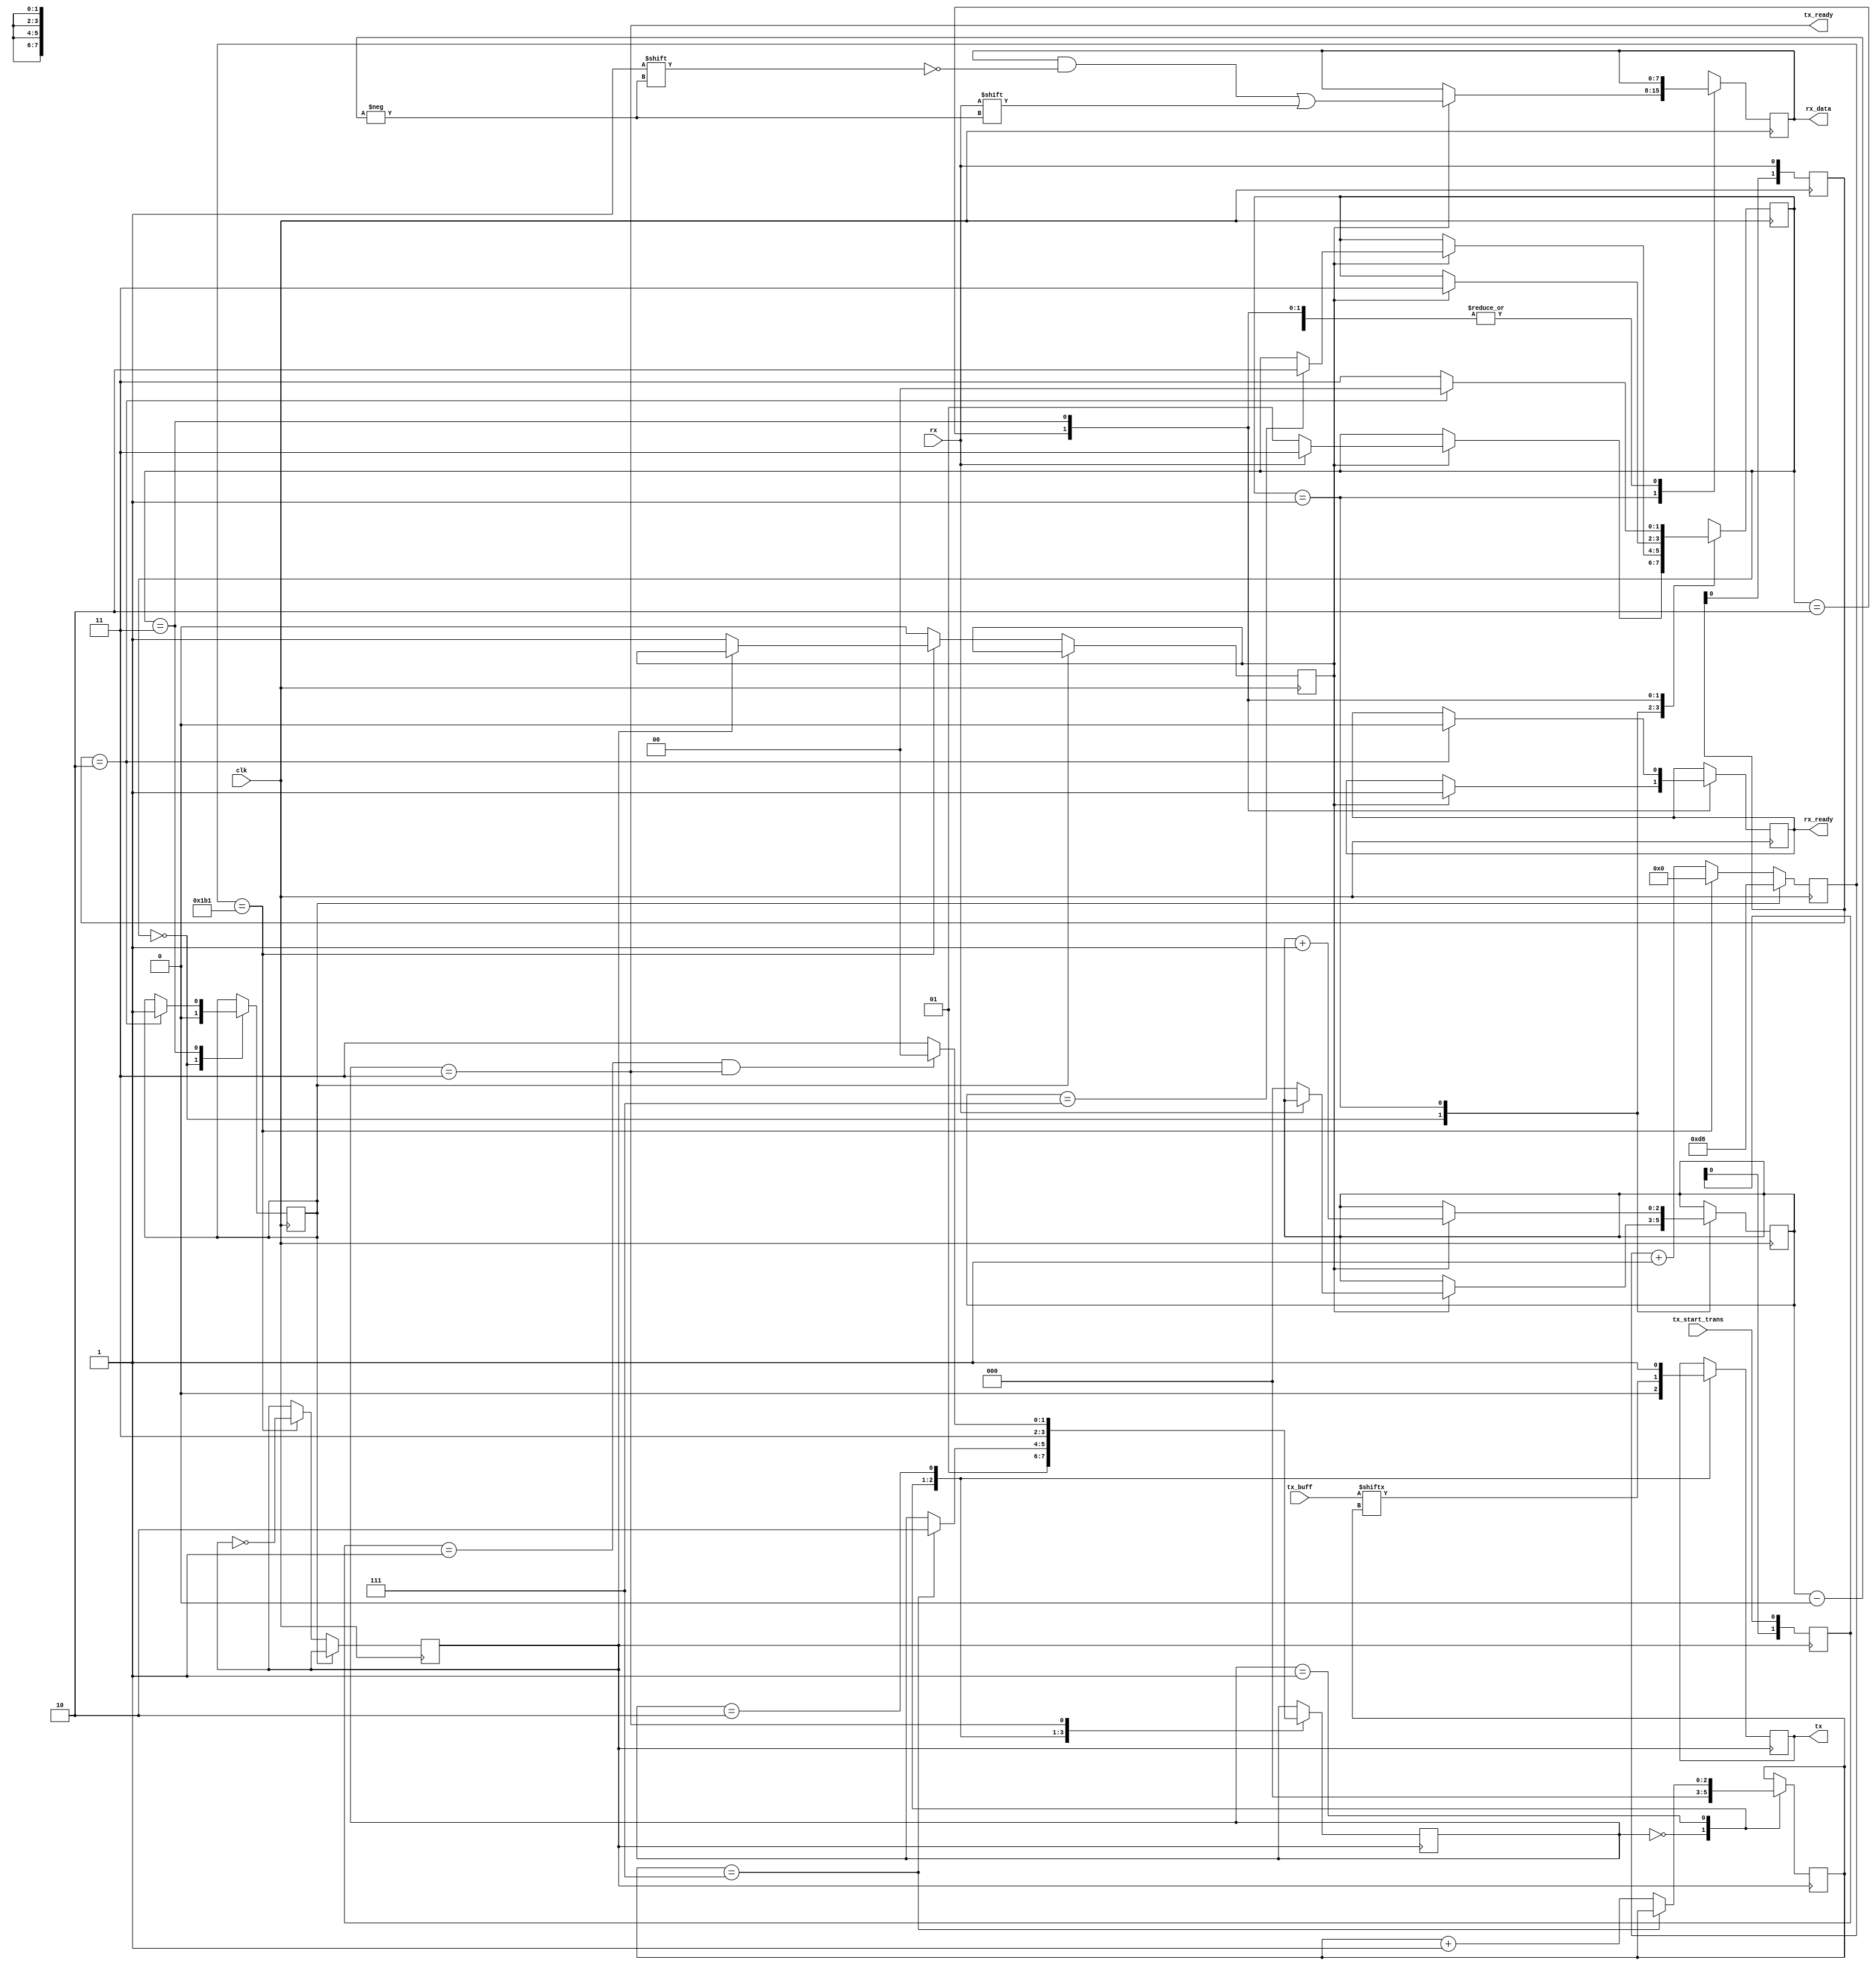
`timescale 1ns / 1ps
//////////////////////////////////////////////////////////////////////////////////
// Company: 
// 
// Design Name: UART controller for 115200 baud 
// Module Name: uart
// Project Name: 
// Target Devices: 
// Tool Versions: 
// Description: 
// 
// Dependencies: 
// 
// Revision:
// Revision 0.01 - File Created
// Additional Comments:
// 
//////////////////////////////////////////////////////////////////////////////////

/*
* <---------- SIGNAL Descriptions ---------->
* clk               <- 100MHz clk
* rx                <- recv data line RxD
* rx_data           <- 8 bit received data port
* rx_ready          <- goes high when data is ready to be read from rx_data port
* tx_buff           <- 8 bit data port of byte to be transmitted 
* tx_start_trans    <- initiates transmission of data on tx_buff port on rising edge
* tx                <- transsmit data line TxD
* tx_ready          <- Signal high when tx is ready to start a transmission
*/

module uart(
        input clk,
        input rx,
        output [7:0] rx_data,
        output reg rx_ready = 0,
        input[7:0] tx_buff,
        input tx_start_trans,
        output reg tx = 1,
        output tx_ready
    );
    
    // <----------- Generate baudrate clock -----------> 
    // baudrate = 115200
    // (100Mhz / baudrate) / 2 = period of baudrate = 433
    parameter clk_acc_limit = 9'd433;
    
    reg [8:0] clk_acc = 0;
    reg baud_clk = 0;
    reg baud_rst = 0;
    reg posedge_baud_clk = 0;
    
    // Generate baud
    always @(posedge clk) begin
        if (baud_rst) begin
            clk_acc = clk_acc_limit / 2;
        end else if (clk_acc == clk_acc_limit) begin
            clk_acc <= 0;
            baud_clk <= ~baud_clk;
            if (baud_clk == 0) begin
                posedge_baud_clk <= 1;
            end else begin
                posedge_baud_clk <= posedge_baud_clk;
            end
        end else begin
            clk_acc <= clk_acc + 1;
            posedge_baud_clk <= 0;
        end
    end
    
    // <----------- Receive byte -----------> 
    parameter 
    RX_START = 0,
    RX_RECV = 1,
    RX_STOP = 2,
    RX_IDLE = 3;
    
    reg [7:0] rx_buff = 8'd0;
    assign rx_data = rx_buff;
    reg [1:0] rx_state = RX_IDLE;
    reg [2:0] rx_pos = 0;
    
    // IF falling edge on rx then rx_start_recv signal high
    reg [1:0] rx_start_bit_buff = 0;
    always @(posedge clk) begin
        rx_start_bit_buff <= {rx_start_bit_buff[0], rx};
    end
    wire rx_start_recv = (rx_start_bit_buff == 2'b10);
    
    always @(posedge clk) begin
        case (rx_state)
            RX_START:
            begin
                baud_rst <= 0;
                if (posedge_baud_clk) begin
                    // if start bit zero begin receiving byte
                    if (rx == 0) begin
                        rx_state <= RX_RECV;
                        rx_pos <= 0;
                    end else begin
                        rx_state <= RX_IDLE;
                    end
                end else begin
                    rx_state <= rx_state;
                end
            end
            RX_RECV:
            begin
                if (posedge_baud_clk) begin
                    // If 8 bits have been received go to RX_STOP state
                    if (rx_pos == 3'd7) begin
                        rx_state <= RX_STOP;
                    end else begin
                        rx_state <= rx_state;
                    end
                    rx_buff[rx_pos] <= rx;
                    rx_pos <= rx_pos + 1;
                end else begin
                    rx_state <= rx_state;
                end
            end
            RX_STOP:
            begin
                if (posedge_baud_clk) begin
                    rx_state <= RX_IDLE;
                    rx_ready <= 1;
                end else begin
                    rx_state <= rx_state;
                end
            end
            RX_IDLE:
            begin
                // if falling edge on rx and in IDLE state start receiving transmission
                if (rx_start_recv) begin
                    rx_state <= RX_START;
                    baud_rst <= 1;
                    rx_ready <= 0;
                end else begin
                    rx_state <= RX_IDLE;
                end
            end
            default:
            begin
                rx_state <= RX_IDLE;
            end
        endcase
    end
    
    // <----------- Transmit byte ----------->
    // Tx states
    parameter 
    TX_START = 0,
    TX_TRANS = 1,
    TX_STOP = 2,
    TX_IDLE = 3;
    
    reg [1:0] tx_state = TX_IDLE;
    reg [2:0] tx_pos = 0;
    
    assign tx_ready = (tx_state == TX_IDLE);
    
    reg [1:0] trans_flag_buff = 0;
    always @(posedge baud_clk) begin
        trans_flag_buff <= {trans_flag_buff[0], tx_start_trans};
    end
    // If rising edge on transmit line and transmit is IDLE
    wire trans_flag_posedge = (trans_flag_buff == 2'b01 && tx_ready);
    
    always @(posedge baud_clk) begin
        case (tx_state)
            TX_START:
            begin
                tx <= 0;
                tx_pos <= 0;
                tx_state <= TX_TRANS;
            end
            TX_TRANS:
            begin
                tx <= tx_buff[tx_pos];
                if (tx_pos == 3'd7) begin
                    tx_state <= TX_STOP;
                end else begin
                    tx_pos <= tx_pos + 1;
                end
            end
            TX_STOP:
            begin
                tx <= 1;
                tx_state <= TX_IDLE;
            end
            TX_IDLE:
            begin
                if (trans_flag_posedge) begin
                    tx_state <= TX_START;
                end else begin
                    tx_state <= TX_IDLE;
                end
            end
            default:
            begin
                tx_state <= TX_IDLE;
            end            
        endcase
    end
endmodule